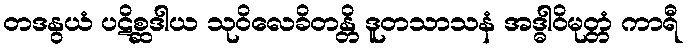
တဒနွယံ ပဋိစ္ဆဒါယ သုဝိလေခိတန္တိ ဒူတသာသနံ အဒ္ဓါဝိမုတ္တံ ကာရီ